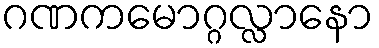
ဂဏကမောဂ္ဂလ္လာနော